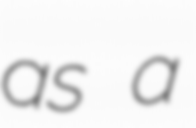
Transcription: as a